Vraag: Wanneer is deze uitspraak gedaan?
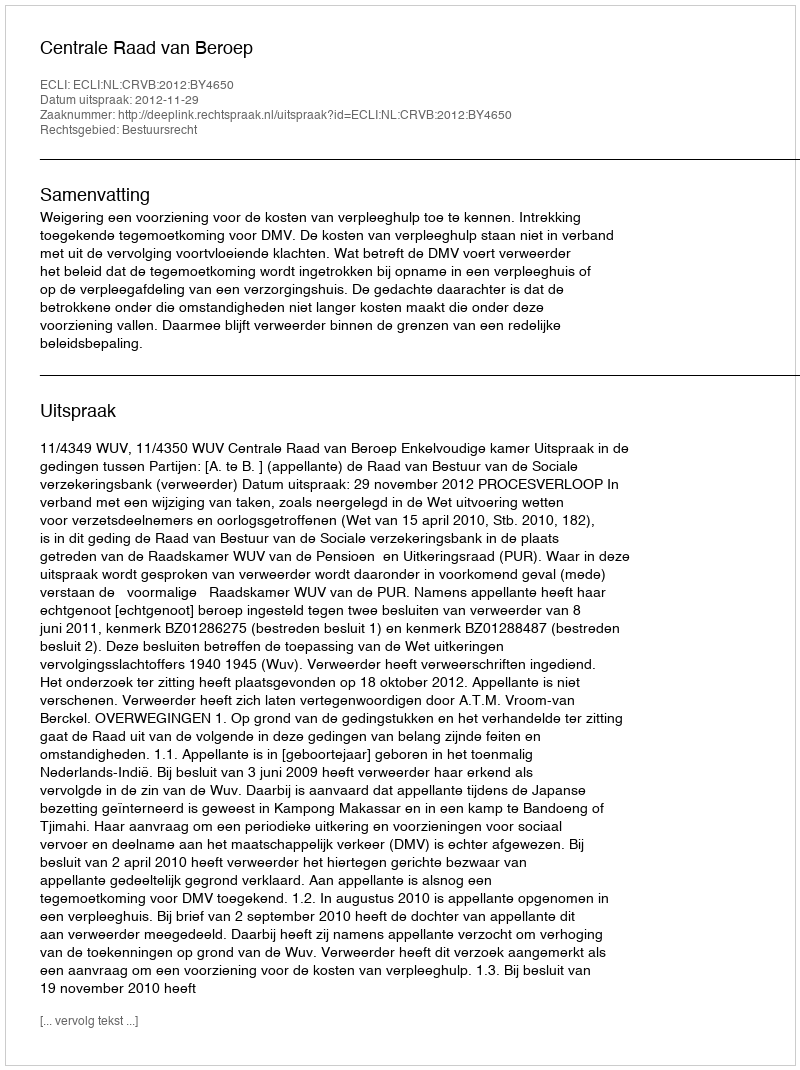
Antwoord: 2012-11-29